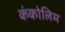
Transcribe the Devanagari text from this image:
कंकोलिम